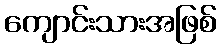
ကျောင်းသားအဖြစ်